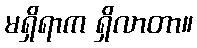
မရှိရာက ရှိလာတာ။